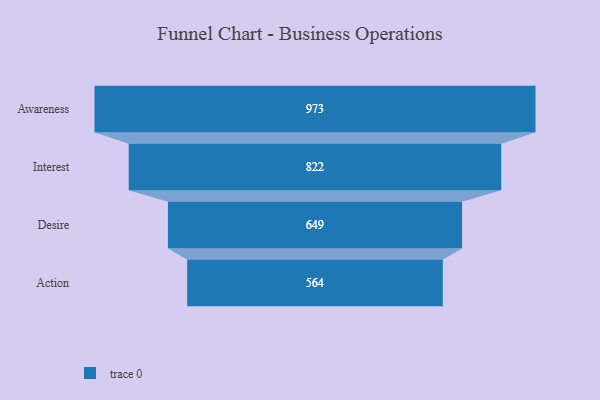
{"axis": {"x": "Stage", "y": "Value"}, "legend": [""], "data": [{"x": "Awareness", "y": 973.0, "type": ""}, {"x": "Interest", "y": 822.0, "type": ""}, {"x": "Desire", "y": 649.0, "type": ""}, {"x": "Action", "y": 564.0, "type": ""}]}